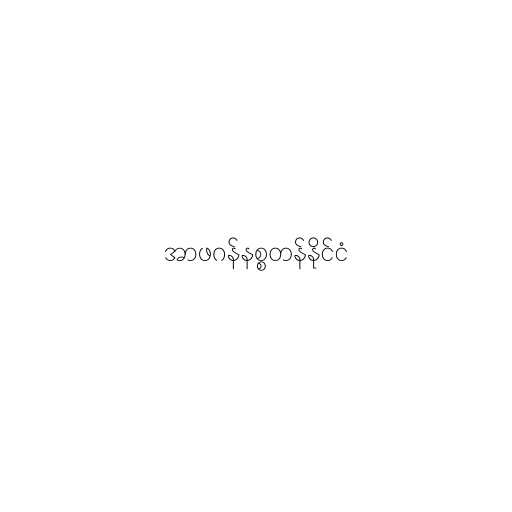
အာဖဂန်နစ္စတန်နိုင်ငံ